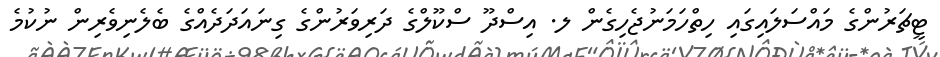
ޓީޗަރުންގެ މައްސަލައިގައި ހިތްހަމަނުޖެހިގެން ލ. އިސްދޫ ސްކޫލްގެ ދަރިވަރުންގެ ގިނައަދަދެއްގެ ބެލެނިވެރިން ނުކުމެ